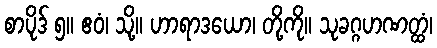
စာပိုဒ် ၅။ ဧဝံ၊ သို့။ ဟာရာဒယော၊ တို့ကို။ သုခဂ္ဂဟဏတ္ထံ၊